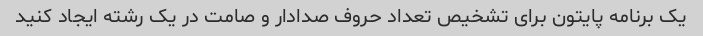
یک برنامه پایتون برای تشخیص تعداد حروف صدادار و صامت در یک رشته ایجاد کنید